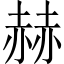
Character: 赫